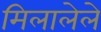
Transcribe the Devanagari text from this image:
मिलालेले